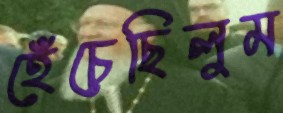
হেঁচেছিলুম